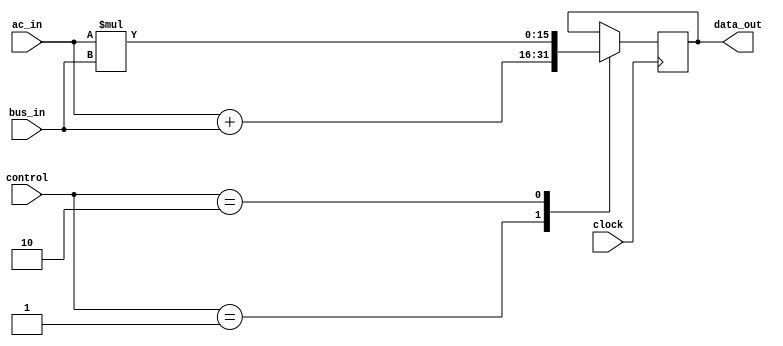
module ALU(clock, control, ac_in, bus_in, data_out);

input clock;
input[1:0] control;
input[15:0] ac_in;
input[15:0] bus_in;

output reg [15:0] data_out;




always @(posedge clock)

begin


//data_out <= ac_in + bus_in;
//data_out = ac_in*bus_in ;
case(control)

2'd1: data_out = ac_in + bus_in;
2'd2: data_out = ac_in*bus_in ;

endcase


end


endmodule